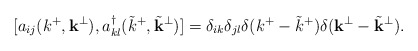
\begin{align*}[ a_{i j}(k^+,{\bf k}^{\perp}), a_{k l}^{\dagger}({\tilde k}^+,{\tilde {\bf k}}^{\perp})] = \delta_{i k} \delta_{j l} \delta (k^+ - {\tilde k}^+) \delta ( {\bf k}^{\perp} - {\tilde {\bf k}}^{\perp} ).\end{align*}